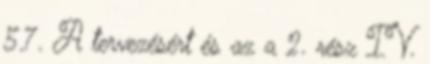
5.7. A tervezésért és az a 2. rész IV.